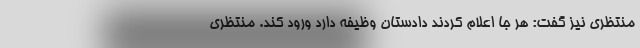
منتظری نیز گفت: هر جا اعلام کردند دادستان وظیفه دارد ورود کند. منتظری